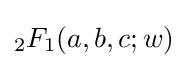
_{2}F_{1}(a,b,c;w)